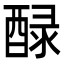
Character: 醁